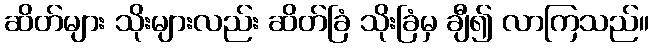
ဆိတ်များ သိုးများလည်း ဆိတ်ခြံ သိုးခြံမှ ချီ၍ လာကြသည်။